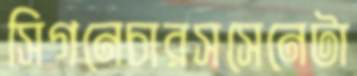
সিগনেচারসসেনেটা